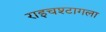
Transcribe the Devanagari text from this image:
राइचश्टागला